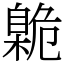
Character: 臲